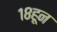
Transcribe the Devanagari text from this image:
१८हून